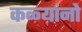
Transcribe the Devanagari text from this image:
कळ्यांनो